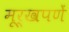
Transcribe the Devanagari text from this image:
मूर्खपणें